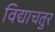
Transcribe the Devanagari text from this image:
विद्याचतुर